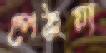
পেঠুয়া